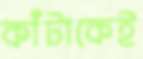
কাঁটাকেই